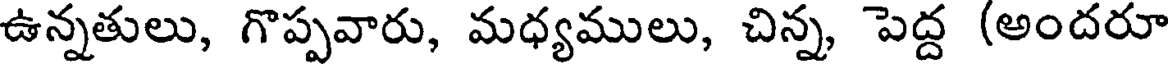
ఉన్నతులు, గొప్పవారు, మధ్యములు, చిన్న, పెద్ద (అందరూ